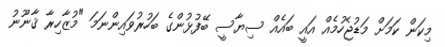
މިކަން ކަމަށް މަޑުޖެހުމެއް އައީ ބައެއް ސިޔާސީ ބޭފުޅުންގެެ ބަހުރުވައިންނަމަ "މުޒާހިރާ ޤާނޫނު